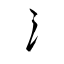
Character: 氵